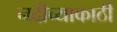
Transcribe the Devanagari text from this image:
नदीच्याकाठी